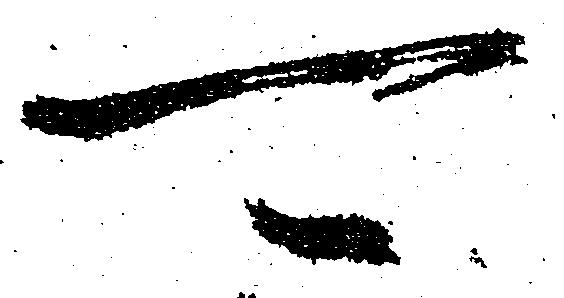
可